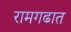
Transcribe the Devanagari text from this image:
रामगढात